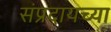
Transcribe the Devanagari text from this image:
संप्रदायच्या